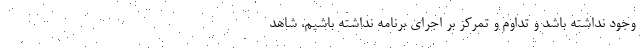
وجود نداشته باشد و تداوم و تمرکز بر اجرای برنامه نداشته باشیم، شاهد